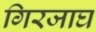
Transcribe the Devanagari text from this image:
गिरजाघ